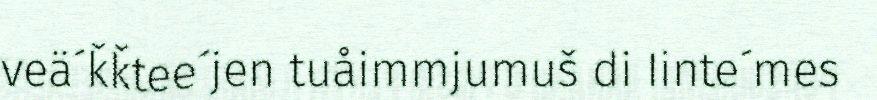
veä´ǩǩtee´jen tuåimmjumuš di Iinte´mes